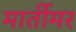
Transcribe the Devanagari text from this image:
मार्तीमर